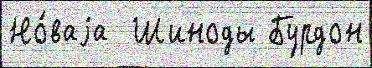
Но́ваjа  Шиноды Бурдон